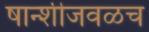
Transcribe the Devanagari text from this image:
षान्शीजवळच